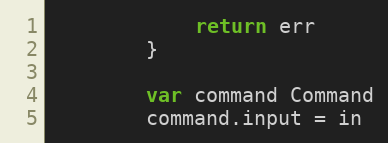
Language: Go
			return err
		}

		var command Command
		command.input = in